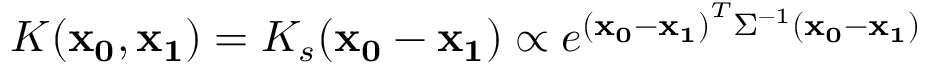
K ( \mathbf { x _ { 0 } } , \mathbf { x _ { 1 } } ) = K _ { s } ( \mathbf { x _ { 0 } } - \mathbf { x _ { 1 } } ) \propto e ^ { \left( \mathbf { x _ { 0 } } - \mathbf { x _ { 1 } } \right) ^ { T } \Sigma ^ { - 1 } \left( \mathbf { x _ { 0 } } - \mathbf { x _ { 1 } } \right) }